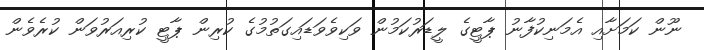
ނޫން ކަމަށާއި އެމަނިކުފާނު ޕާޓީގެ ލީޑަރުކަމުން ވަކިވެވަޑައިގަތުމުގެ ކުރިން ޕާޓީ ކުރިއަރުވަން ކުރެވެން